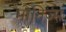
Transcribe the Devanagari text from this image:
मोनिज्म